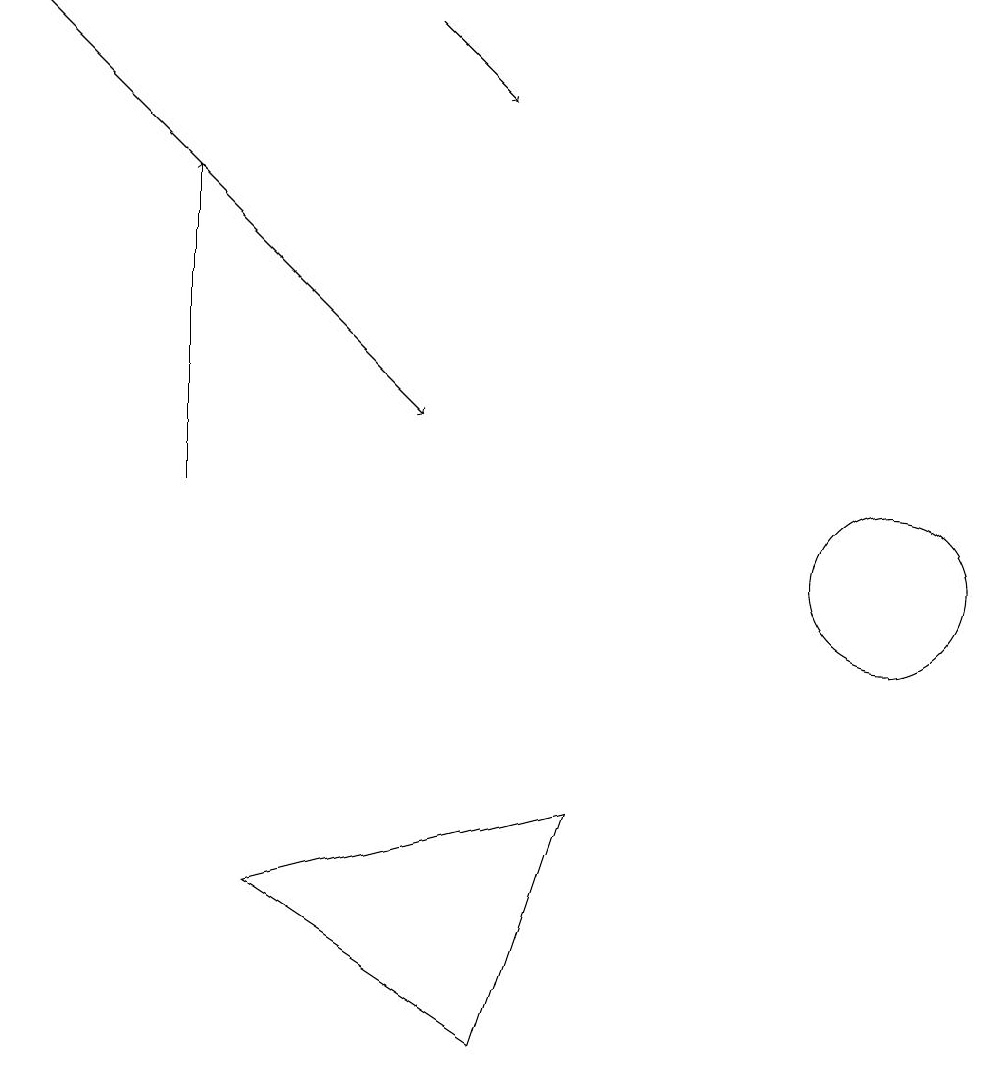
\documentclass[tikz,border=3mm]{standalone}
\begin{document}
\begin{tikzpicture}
\draw[->] (2,12) -- (2,16);
\draw (3,7) -- (7,8) -- (6,5) -- cycle;
\draw (11,11) circle (1);
\draw[->] (5,18) -- (6,17);
\draw[->] (0,18) -- (5,13);
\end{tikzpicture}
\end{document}